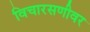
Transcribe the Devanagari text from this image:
विचारसणीवर